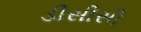
ડીસીસી